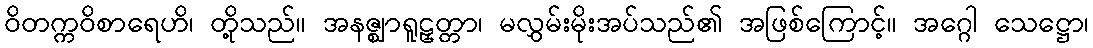
ဝိတက္ကဝိစာရေဟိ၊ တို့သည်။ အနဇ္ဈာရူဠှတ္တာ၊ မလွှမ်းမိုးအပ်သည်၏ အဖြစ်ကြောင့်။ အဂ္ဂေါ သေဋ္ဌော၊